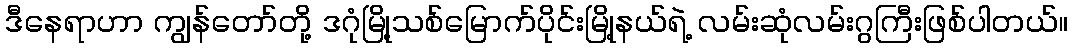
ဒီနေရာဟာ ကျွန်တော်တို့ ဒဂုံမြို့သစ်မြောက်ပိုင်းမြို့နယ်ရဲ့ လမ်းဆုံလမ်းဂွကြီးဖြစ်ပါတယ်။